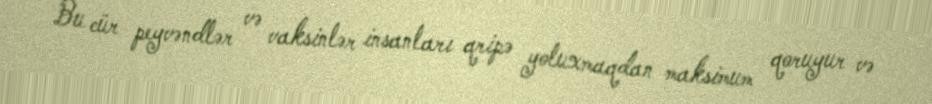
Bu cür peyvəndlər və vaksinlər insanları qripə yoluxmaqdan maksimum qoruyur və